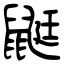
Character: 鼮